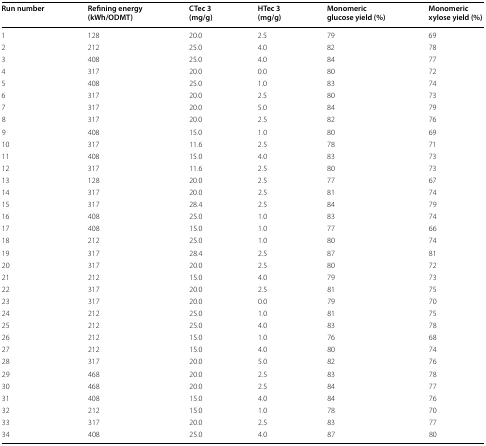
<table><thead><tr><td><b>Run number</b></td><td><b>Refining energy (kWh/ODMT)</b></td><td><b>CTec 3 (mg/g)</b></td><td><b>HTec 3 (mg/g)</b></td><td><b>Monomeric glucose yield (%)</b></td><td><b>Monomeric xylose yield (%)</b></td></tr></thead><tbody><tr><td>1</td><td>128</td><td>20.0</td><td>2.5</td><td>79</td><td>69</td></tr><tr><td>2</td><td>212</td><td>25.0</td><td>4.0</td><td>82</td><td>78</td></tr><tr><td>3</td><td>408</td><td>25.0</td><td>4.0</td><td>84</td><td>77</td></tr><tr><td>4</td><td>317</td><td>20.0</td><td>0.0</td><td>80</td><td>72</td></tr><tr><td>5</td><td>408</td><td>25.0</td><td>1.0</td><td>83</td><td>74</td></tr><tr><td>6</td><td>317</td><td>20.0</td><td>2.5</td><td>80</td><td>73</td></tr><tr><td>7</td><td>317</td><td>20.0</td><td>5.0</td><td>84</td><td>79</td></tr><tr><td>8</td><td>317</td><td>20.0</td><td>2.5</td><td>82</td><td>76</td></tr><tr><td>9</td><td>408</td><td>15.0</td><td>1.0</td><td>80</td><td>69</td></tr><tr><td>10</td><td>317</td><td>11.6</td><td>2.5</td><td>78</td><td>71</td></tr><tr><td>11</td><td>408</td><td>15.0</td><td>4.0</td><td>83</td><td>73</td></tr><tr><td>12</td><td>317</td><td>11.6</td><td>2.5</td><td>80</td><td>73</td></tr><tr><td>13</td><td>128</td><td>20.0</td><td>2.5</td><td>77</td><td>67</td></tr><tr><td>14</td><td>317</td><td>20.0</td><td>2.5</td><td>81</td><td>74</td></tr><tr><td>15</td><td>317</td><td>28.4</td><td>2.5</td><td>84</td><td>79</td></tr><tr><td>16</td><td>408</td><td>25.0</td><td>1.0</td><td>83</td><td>74</td></tr><tr><td>17</td><td>408</td><td>15.0</td><td>1.0</td><td>77</td><td>66</td></tr><tr><td>18</td><td>212</td><td>25.0</td><td>1.0</td><td>80</td><td>74</td></tr><tr><td>19</td><td>317</td><td>28.4</td><td>2.5</td><td>87</td><td>81</td></tr><tr><td>20</td><td>317</td><td>20.0</td><td>2.5</td><td>80</td><td>72</td></tr><tr><td>21</td><td>212</td><td>15.0</td><td>4.0</td><td>79</td><td>73</td></tr><tr><td>22</td><td>317</td><td>20.0</td><td>2.5</td><td>81</td><td>75</td></tr><tr><td>23</td><td>317</td><td>20.0</td><td>0.0</td><td>79</td><td>70</td></tr><tr><td>24</td><td>212</td><td>25.0</td><td>1.0</td><td>81</td><td>75</td></tr><tr><td>25</td><td>212</td><td>25.0</td><td>4.0</td><td>83</td><td>78</td></tr><tr><td>26</td><td>212</td><td>15.0</td><td>1.0</td><td>76</td><td>68</td></tr><tr><td>27</td><td>212</td><td>15.0</td><td>4.0</td><td>80</td><td>74</td></tr><tr><td>28</td><td>317</td><td>20.0</td><td>5.0</td><td>82</td><td>76</td></tr><tr><td>29</td><td>468</td><td>20.0</td><td>2.5</td><td>83</td><td>78</td></tr><tr><td>30</td><td>468</td><td>20.0</td><td>2.5</td><td>84</td><td>77</td></tr><tr><td>31</td><td>408</td><td>15.0</td><td>4.0</td><td>84</td><td>76</td></tr><tr><td>32</td><td>212</td><td>15.0</td><td>1.0</td><td>78</td><td>70</td></tr><tr><td>33</td><td>317</td><td>20.0</td><td>2.5</td><td>83</td><td>77</td></tr><tr><td>34</td><td>408</td><td>25.0</td><td>4.0</td><td>87</td><td>80</td></tr></tbody></table>